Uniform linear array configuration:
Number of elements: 64
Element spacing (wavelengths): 0.25
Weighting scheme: hann
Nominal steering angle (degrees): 45
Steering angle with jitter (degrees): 45.131
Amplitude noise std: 0.05
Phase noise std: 0.05

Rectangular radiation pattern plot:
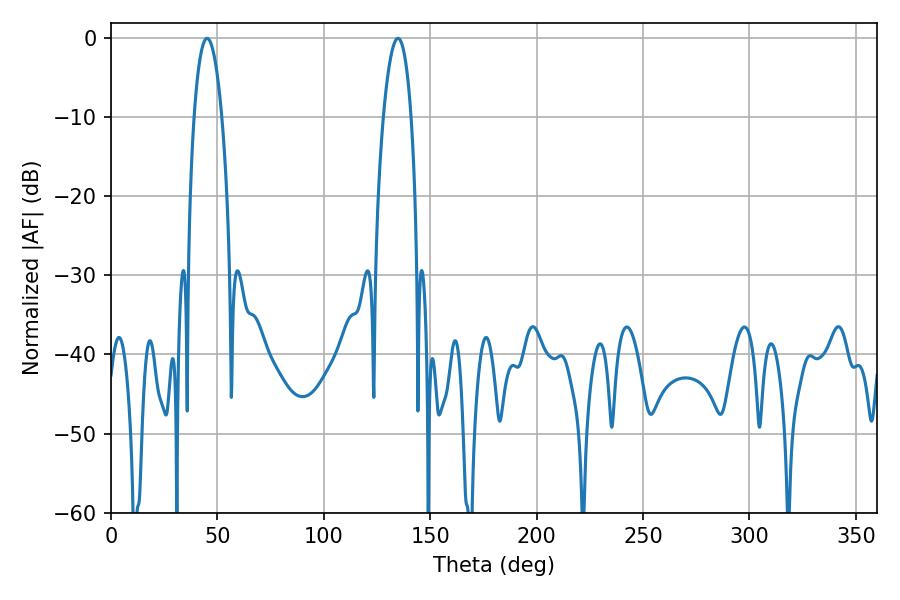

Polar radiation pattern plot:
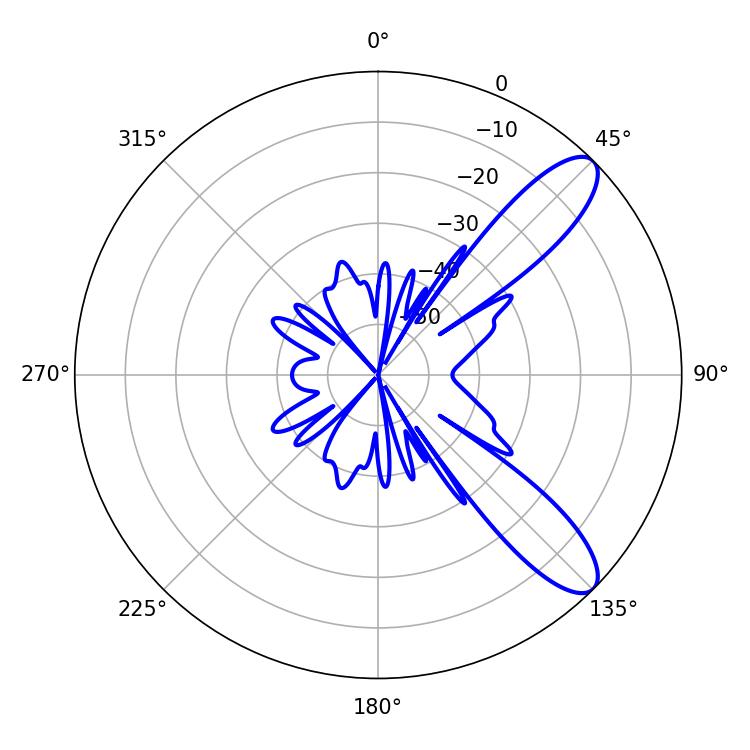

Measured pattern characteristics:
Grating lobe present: FALSE
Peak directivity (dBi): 10.159
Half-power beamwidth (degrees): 7.38
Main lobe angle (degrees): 45.18